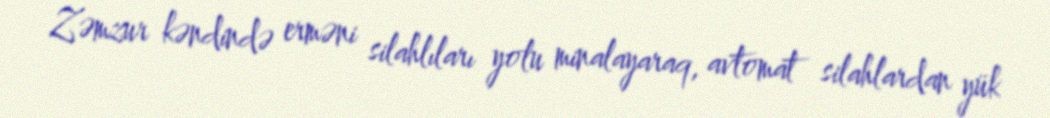
Zəmzur kəndində erməni silahlıları yolu minalayaraq, avtomat silahlardan yük